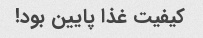
کیفیت غذا پایین بود!